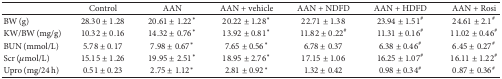
<table><thead><tr><td><b> </b></td><td><b>Control</b></td><td><b>AAN</b></td><td><b>AAN + vehicle</b></td><td><b>AAN + NDFD</b></td><td><b>AAN + HDFD</b></td><td><b>AAN + Rosi</b></td></tr></thead><tbody><tr><td>BW (g)</td><td>28.30 ± 1.28</td><td>20.61 ± 1.22<sup><i>∗</i></sup></td><td>20.22 ± 1.28<sup><i>∗</i></sup></td><td>22.71 ± 1.38</td><td>23.94 ± 1.51<sup>#</sup></td><td>24.61 ± 2.1<sup>#</sup></td></tr><tr><td>KW/BW (mg/g)</td><td>10.32 ± 0.16</td><td>14.32 ± 0.76<sup><i>∗</i></sup></td><td>13.92 ± 0.81<sup><i>∗</i></sup></td><td>11.82 ± 0.22<sup>#</sup></td><td>11.31 ± 0.16<sup>#</sup></td><td>11.02 ± 0.46<sup>#</sup></td></tr><tr><td>BUN (mmol/L)</td><td>5.78 ± 0.17</td><td>7.98 ± 0.67<sup><i>∗</i></sup></td><td>7.65 ± 0.56<sup><i>∗</i></sup></td><td>6.78 ± 0.37</td><td>6.38 ± 0.46<sup>#</sup></td><td>6.45 ± 0.27<sup>#</sup></td></tr><tr><td>Scr (<i>μ</i>mol/L)</td><td>15.15 ± 1.26</td><td>19.95 ± 2.51<sup><i>∗</i></sup></td><td>18.95 ± 2.76<sup><i>∗</i></sup></td><td>17.15 ± 1.06</td><td>16.25 ± 1.07<sup>#</sup></td><td>16.11 ± 1.22<sup>#</sup></td></tr><tr><td>Upro (mg/24 h)</td><td>0.51 ± 0.23</td><td>2.75 ± 1.12<sup><i>∗</i></sup></td><td>2.81 ± 0.92<sup><i>∗</i></sup></td><td>1.32 ± 0.42</td><td>0.98 ± 0.34<sup>#</sup></td><td>0.87 ± 0.36<sup>#</sup></td></tr></tbody></table>